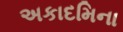
અકાદમિના